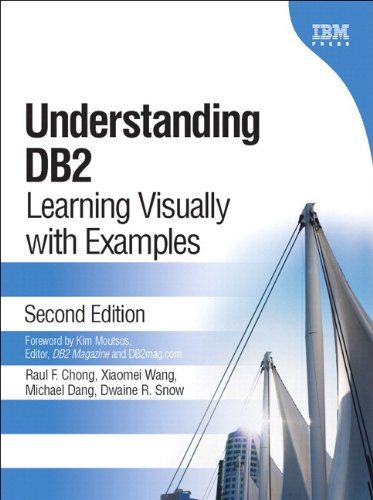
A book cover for Understanding DB2 (paperback): Learning Visually with Examples (2nd Edition) (IBM Press); Raul F. Chong; Computers & Technology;